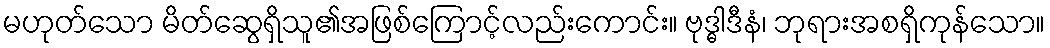
မဟုတ်သော မိတ်ဆွေရှိသူ၏အဖြစ်ကြောင့်လည်းကောင်း။ ဗုဒ္ဓါဒီနံ၊ ဘုရားအစရှိကုန်သော။